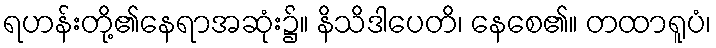
ရဟန်းတို့၏နေရာအဆုံး၌။ နိသိဒါပေတိ၊ နေစေ၏။ တထာရူပံ၊